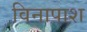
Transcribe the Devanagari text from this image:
विनापाश